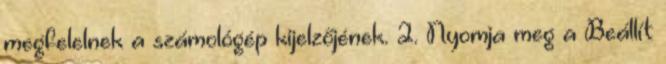
megfelelnek a számológép kijelzőjének. 2. Nyomja meg a Beállít